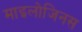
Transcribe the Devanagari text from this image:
माइलोजिनस